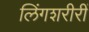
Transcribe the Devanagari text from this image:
लिंगशरीरीं